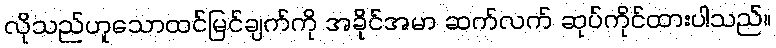
လိုသည်ဟူသောထင်မြင်ချက်ကို အခိုင်အမာ ဆက်လက် ဆုပ်ကိုင်ထားပါသည်။